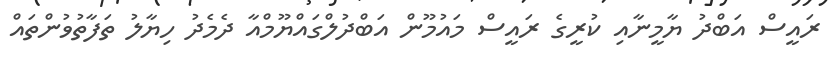
ރައީސް އަބްދު ޔާމީނާއި ކުރީގެ ރައީސް މައުމޫން އަބްދުލްގައްޔޫމްއާ ދެމެދު ހިޔާލު ތަފާތުވުންތައް